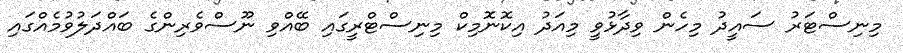
މިނިސްޓަރު ސައީދު މިހެން ވިދާޅުވީ މިއަދު އިކޮނޮމިކް މިނިސްޓްރީގައި ބޭއްވި ނޫސްވެރިންގެ ބައްދަލުވުމެއްގައި